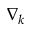
\nabla _ { k }